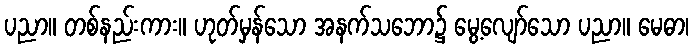
ပညာ။ တစ်နည်းကား။ ဟုတ်မှန်သော အနက်သဘော၌ မွေ့လျော်သော ပညာ။ မေဓာ၊